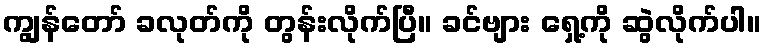
ကျွန်တော် ခလုတ်ကို တွန်းလိုက်ပြီ။ ခင်ဗျား ရှေ့ကို ဆွဲလိုက်ပါ။